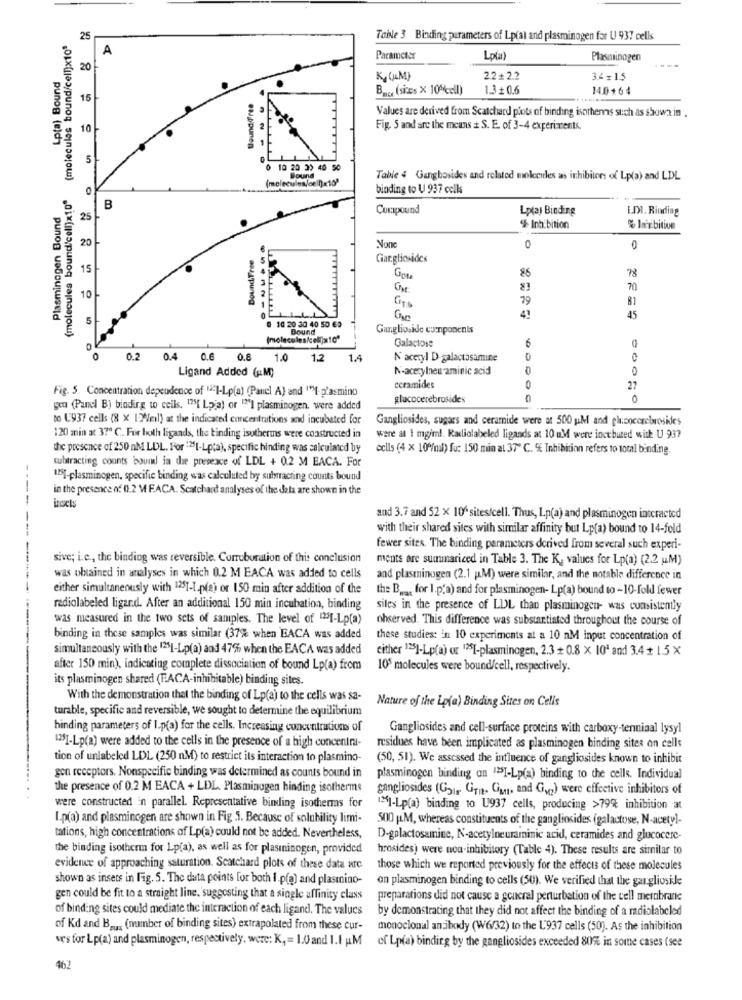
(molecules bound'cell)x10ª (molecules bound/cell)x103
25
Table 3 Binding parameters of Lp(al and plasminogen for U 937 cells
A
Parameter
Lp(a)
Plasminogen
Lp(a) Bound
20
Ky (UM)
2.2+2.2
3.4x 1.5
B ... (sites × 10%cell)
1.3 + 0.6
14.0+64
15
Values are derived from Scatchard piots of binding isorhenns such as shown in .
10-
Fig. 5 and are the means #: S. E. of 3-4 experiments.
.- spuren
5
0 10 20 30 40 50
(molecules/cell)«10'
Bound
Table 4 Gangbosides and related molecules as inhibitors of Lp(a) and LDL
binding to U 937 cells
Plasminogen Bound
B
Curapound
Lplay Binding
I.DI. Rinding
25
$ Inhibition
% In'rbition
20
Bound.Free
Non
0
0
Ciar.glicides
15
85
78
70
10
79
81
5
@ 10 20 30 40 50 63
41
45
Bound
Ganglioside components
(molecules/cel)x10"
Galactose
6
0.2
0.4
0.6
0.8
1.0
1.2
1.4
N'aceryl D-galactosamine
Ligand Added (M)
N-acetylneu aminic acid
0
0
Fig. 5 Concentration dependence of "il-Lp(a) (Panel A) and ""MI- p'asmino
ceramides
0
27
glucocerebrosides
0
gen (Panel B) bindirg to cells. 175[ Loja) or """] plasminogen, were added
to U937 cells (8 X 12/ml) at the indicated concentrations and incubated for
Gangliosides, sugars and ceramide were at 500 M and phoocerebrosides
120 min at 37º C. For both ligands, the binding isutherms were constructed in
were at 1 mg/ml. Radiolabeled ligands at 10 mM were iosebated with U 937
the presence of 250 nM LDL. For "25t-Lpta), specific hinding was calculated by
cclls (4 x 109/ml) fu: 150 min al 37º C. % Inhibition refers to total binding.
subtracting counts bouil in the presence of LDL + 0.2 M EACA. For
1ST-plasminogen, specific binding was calculated by subtracting counts bound
in the presence of 01.2 M F.ACA. Scatchand analyses of the dela are shown in the
inoct
and 3.7 and 52 x 10 sites/cell. Thus, Lp(a) and plasminogen interacted
with their shared sites with similar affinity but Lp(a) bound to 14-fold
fewer sites. The binding parameters derived from several such experi-
sive; i.c ., the binding was reversible. Corroboration of this conclusion
ments are summariced in Table 3. The K, values for Lp(a) (2.2 u.M)
was obtained in analyses in which 0.2 M EACA was added to cells
and plastinogen (2.1 M) were similar, and the notable difference in
either simultaneously with 1251-1.pla) or 150 min after addition of the
the B ... for I.p.a) and for plasminogen- Lp(a) bound to -10-fold fewer
radiolabeled ligar.d. After an additional 150 min incubation, binding
siles in the presence of LDL than plasminogen- was consistently
was measured in the two sets of samples. The level of "251-Lp(a)
ohserved. This difference was substantiated throughout the course of
binding in these samples was similar (37% when BACA was added
these studies: in 10 experiments at a 10 nM input concentration of
simultaneously with the 1251-Lp(a) and 47% when the EACA was added
either 125]-Lp(a) or 1251-plasminogen, 2.3 + 0.8 x 10' and 3.4 + 1.5 X
after 150 min), indicating complete dissociation of bound Lp(a) from
105 molecules were bound/cell, respectively.
its plasminogen shared (F.ACA-inhibitable) binding sites.
With the demonstration that the binding of Lp(a) to the cells was sa-
Nature of the Lp(a) Binding Sites on Cells
turable, specific and reversible, we sought to determine the equilibrium
binding parameters of I.p(a) for the cells. Increasing concentrations of
Gangliosides and cell-surface proteins with carboxy-terminal lysyl
[25]-Lp(a) were added to the cells in the presence of a high concentra-
residues have been implicated as plasminogen binding sites on cells
tion of unlabeled LDL (250 nM) to restrict its interaction to plasmino-
(50, 51). We assessed the influence of gangliosides known to inhibit
gon receptors. Nonspecific binding was determined as counts bound in
plasminogen binding on ""SI-Lp(a) binding to the cells. Individual
the presence of 0.2 M EACA + LDL. Plasminogen binding isotherms
gangliosides (G21 ,. Grn. Gut, and Gy2) were effective inhibitors of
were constructed in parallel. Representative binding isotherms for
1251-Lp(a) binding to U937 cells, producing >79% inhibition at
I.p(a) and plasminogen are shown in Fig .5. Because of solubility limi-
500 g.M, whereas constituents of the gangliosides (galactose, N-acetyl-
tations, high concentrations of Lp(a) could not be added. Nevertheless,
D-galactosamine, N-acetylneuraminic acid, ceramides and glucocere-
the binding isotherm for Lp(a), as well as for plasminogen, provided
hrosides) were noa-inhibitory (Table 4). These results are similar to
evidence of approaching saturation. Scatchard plots of these data arc
those which we reported previously for the effects of these molecules
shown as insets in Fig. 5. The data points for both I.p(a) and plasmino-
on plasminogen binding to cells (50). We verified that the gangliosile
gen could be fit to a straight line, suggesting that a single affinity class
preparations did not cause a general perturbation of the cell mertbrane
of binding sites could mediate the interaction of each ligand. The values
by demonstrating that they did not affect the binding of a radiolabeled
of Kd and Byu. (number of binding sites) extrapolated from these cur-
monoclonal anibody (W6/32) to the L'937 calls (50). As the inhibition
ves for Lp(a) and plasminogen, respectively, were: K, = 1.0 and 1.I uM cf Lp(a) binding by the gangliosides exceeded 80% in some cases (see
462